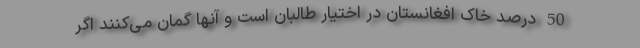
50 درصد خاک افغانستان در اختیار طالبان است و آنها گمان می‌کنند اگر